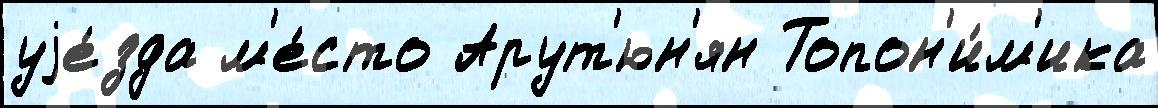
уjе́зда м'е́сто Арут'юн'ян Топон'и́м'ика